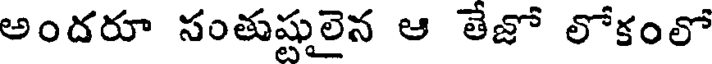
అందరూ సంతుష్టులైన ఆ తేజో లోకంలో